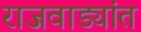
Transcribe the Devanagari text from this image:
राजवाड्यांत